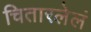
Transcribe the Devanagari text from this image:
चितारलेलं